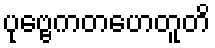
ပုဗ္ဗေကတဟေတူတိ